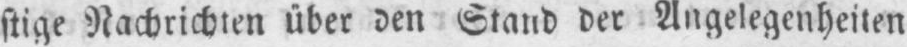
stige Nachrichten über den Stand der Angelegenheiten